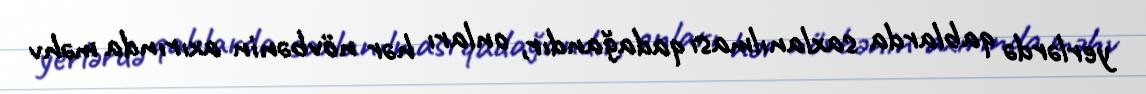
yerlərdə qablarda saxlanılması qadağandır, onları hər növbənin axırında məhv